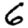
Digit: 6